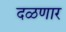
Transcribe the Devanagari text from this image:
दळणार